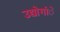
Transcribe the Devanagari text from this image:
उद्योगांे